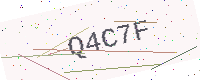
Text: Q4C7F